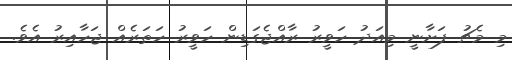
މި މެޗު ފަށާނީ މިއަދު ހަވީރު ރާއްޖެގަޑިން ހަވީރު ހަތަރެއް ޖަހާއިރު އެވެ.